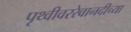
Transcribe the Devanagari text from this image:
पृथ्वीवररेवानदीच्या